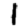
Digit: 1